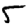
Digit: 5